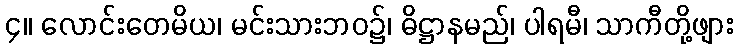
၄။ လောင်းတေမိယ၊ မင်းသားဘဝ၌၊ ဓိဋ္ဌာနမည်၊ ပါရမီ၊ သာကီတို့ဖျား